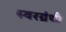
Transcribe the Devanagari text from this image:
स्वरग्रंथी